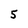
Character: 5